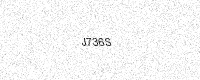
Text: J736S